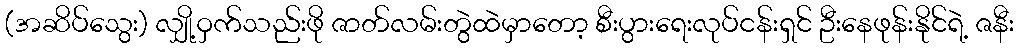
(အဆိပ်သွေး) လျှို့ဝှက်သည်းဖို ဇာတ်လမ်းတွဲထဲမှာတော့ စီးပွားရေးလုပ်ငန်းရှင် ဦးနေဖုန်းနိုင်ရဲ့ ဇနီး